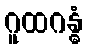
ဂူထဂန္ဓံ